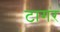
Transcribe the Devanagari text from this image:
टागर